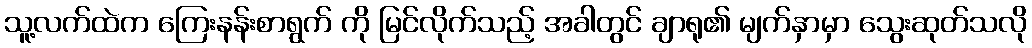
သူ့လက်ထဲက ကြေးနန်းစာရွက် ကို မြင်လိုက်သည့် အခါတွင် ချာရု၏ မျက်နှာမှာ သွေးဆုတ်သလို